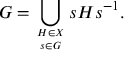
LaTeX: G = \bigcup _ { H \in X \atop s \in G } s H s ^ { - 1 } .